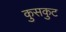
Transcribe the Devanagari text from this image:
कुसकुट